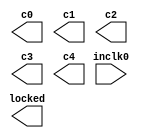
module pll_0 (
	inclk0,
	c0,
	c1,
	c2,
	c3,
	c4,
	locked);

	input	  inclk0;
	output	  c0;
	output	  c1;
	output	  c2;
	output	  c3;
	output	  c4;
	output	  locked;

endmodule